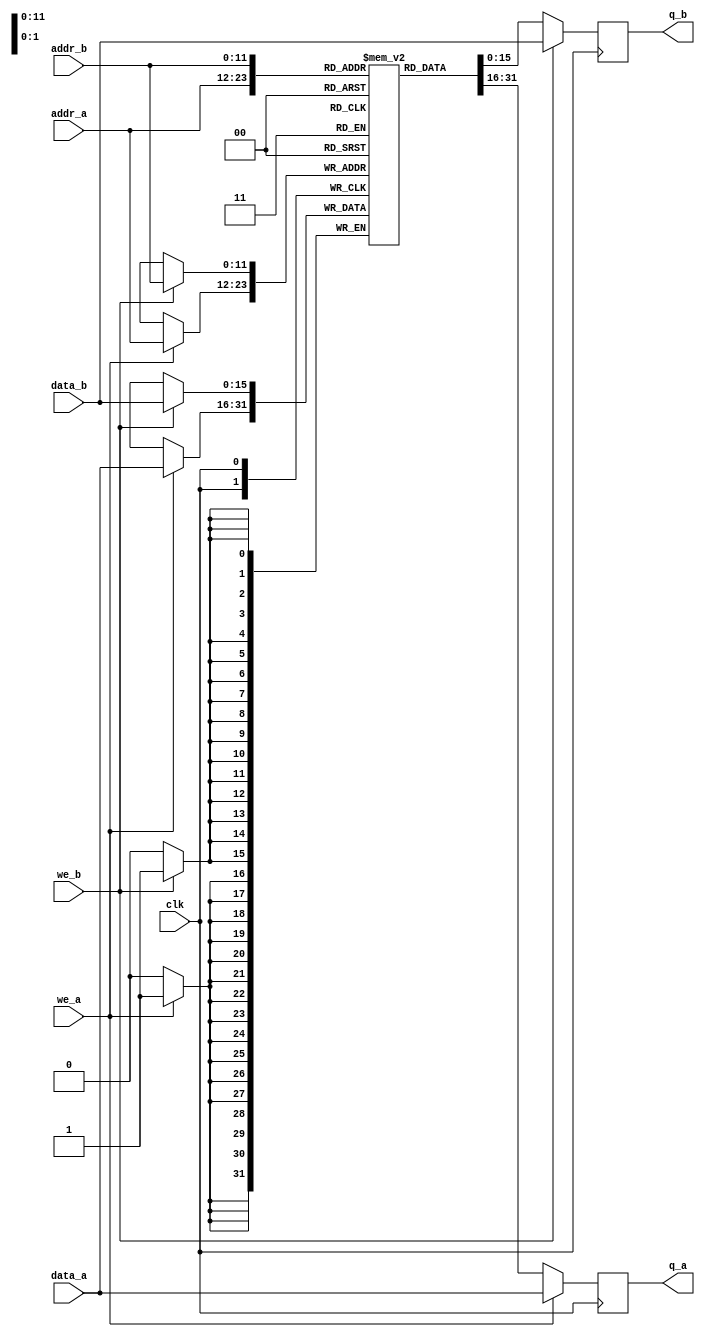
// 
// Copyright 2013 Jeff Bush
// 
// Licensed under the Apache License, Version 2.0 (the "License");
// you may not use this file except in compliance with the License.
// You may obtain a copy of the License at
// 
//     http://www.apache.org/licenses/LICENSE-2.0
// 
// Unless required by applicable law or agreed to in writing, software
// distributed under the License is distributed on an "AS IS" BASIS,
// WITHOUT WARRANTIES OR CONDITIONS OF ANY KIND, either express or implied.
// See the License for the specific language governing permissions and
// limitations under the License.
// 

//
// Dual Ported SRAM, with 2 read/write ports
//

module dpsram
    #(parameter SIZE=4096,
    parameter DATA_WIDTH=16,
    parameter ADDR_WIDTH=$clog2(SIZE),
    parameter ENABLE_INIT=0,
    parameter INIT_FILE="")

    (input                          clk,
    input[ADDR_WIDTH - 1:0]         addr_a,
    output reg[DATA_WIDTH - 1:0]    q_a,
    input                           we_a,
    input[DATA_WIDTH - 1:0]         data_a,
    input[ADDR_WIDTH - 1:0]         addr_b,
    output reg[DATA_WIDTH - 1:0]    q_b,
    input                           we_b,
    input[DATA_WIDTH - 1:0]         data_b);

    reg[DATA_WIDTH - 1:0] data[0:SIZE - 1];
    integer i;
    
    initial
    begin
        for (i = 0; i < SIZE; i = i + 1)
            data[i] = 0;
            
        q_a = 0;
        q_b = 0;
        
        if (ENABLE_INIT)
            $readmemh(INIT_FILE, data);
    end

    // Port A
    always @(posedge clk)
    begin
        if (we_a)
        begin
            data[addr_a] <= data_a;     
            q_a <= data_a;
        end
        else
            q_a <= data[addr_a];
    end


    // Port B
    always @(posedge clk)
    begin
        if (we_b)
        begin
            data[addr_b] <= data_b;     
            q_b <= data_b;
        end
        else
            q_b <= data[addr_b];
    end
endmodule